Indian journal of veterinary science and animal husbandry - Volumes 22-23, 1952-1953
Year: 1952
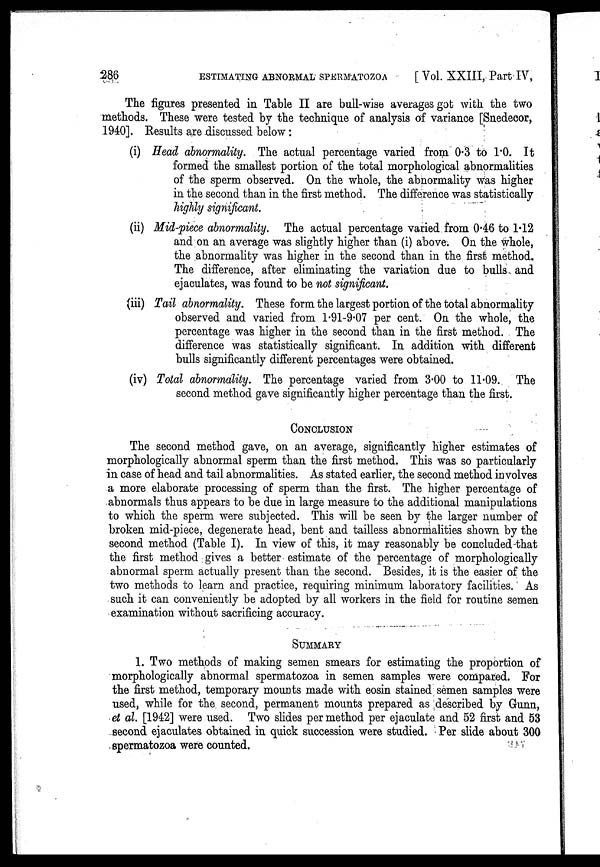
286
ESTIMATING ABNORMAL SPERMATOZOA
[Vol. XXIII, Part IV,
The figures presented in Table II are bull-wise averages got with the two
methods. These were tested by the technique of analysis of variance [Snedecor,
1940]. Results are discussed below:
(i) Head abnormality. The actual percentage varied from 0.3 to 1.0. It
formed the smallest portion of the total morphological abnormalities
of the sperm observed. On the whole, the abnormality was higher
in the second than in the first method. The difference was statistically
highly significant.
(ii) Mid-piece abnormality. The actual percentage varied from 0.46 to 1.42
and on an average was slightly higher than (i) above. On the whole,
the abnormality was higher in the second than in the first method.
The difference, after eliminating the variation due to bulls and
ejaculates, was found to be not significant.
(iii) Tail abnormality. These form the largest portion of the total abnormality
observed and varied from 1.91-9.07 per cent. On the whole, the
percentage was higher in the second than in the first method. The
difference was statistically significant. In addition with different
bulls significantly different percentages were obtained.
(iv) Total abnormality. The percentage varied from 3.00 to 11.09. The
second method gave significantly higher percentage than the first.
CONCLUSION
The second method gave, on an average, significantly higher estimates of
morphologically abnormal sperm than the first method. This was so particularly
in case of head and tail abnormalities. As stated earlier, the second method involves
a more elaborate processing of sperm than the first. The higher percentage of
abnormals thus appears to be due in large measure to the additional manipulations
to which the sperm were subjected. This will be seen by the larger number of
broken mid-piece, degenerate head, bent and tailless abnormalities shown by the
second method (Table I). In view of this, it may reasonably be concluded that
the first method gives a better estimate of the percentage of morphologically
abnormal sperm actually present than the second. Besides, it is the easier of the
two methods to learn and practice, requiring minimum laboratory facilities. As
such it can conveniently be adopted by all workers in the field for routine semen
examination without sacrificing accuracy.
SUMMARY
1. Two methods of making semen smears for estimating the proportion of
morphologically abnormal spermatozoa in semen samples were compared. For
the first method, temporary mounts made with eosin stained semen samples were
used, while for the second, permanent mounts prepared as described by Gunn,
et al. [1942] were used. Two slides per method per ejaculate and 52 first and 53
second ejaculates obtained in quick succession were studied. Per slide about 300
spermatozoa were counted.